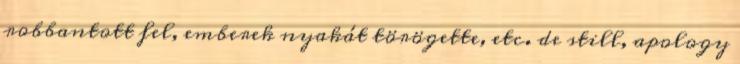
robbantott fel, emberek nyakát törögette, etc. de still, apology